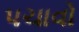
પચાવો